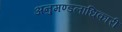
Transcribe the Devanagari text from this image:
अनुमण्डलाधिकारी